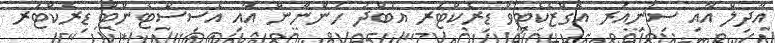
އާދިލް އާއި ސިނިއަރ އެގްޒެކެޓިވް ޑިރެކްޓަރ އަބްދު ހަންނާން އާއި އެސިސްޓެންޓް ޑިރެކްޓަރ